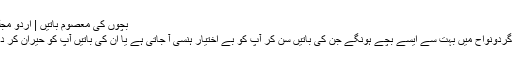
بچوں کی معصوم باتیں | اردو مجلس فورم
آپ کے گردونواح میں بہت سے ایسے بچے ہونگے جن کی باتیں سن کر آپ کو بے اختیار ہنسی آ جاتی ہے یا ان کی باتیں آپ کو حیران کر دیتی ہیں ۔